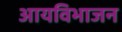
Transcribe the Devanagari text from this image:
आयविभाजन